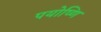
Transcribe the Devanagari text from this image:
पयोष्णि